Civil Veterinary Department. Madras. Admin. report 1926-33 - 1926-1933
Year: 1926
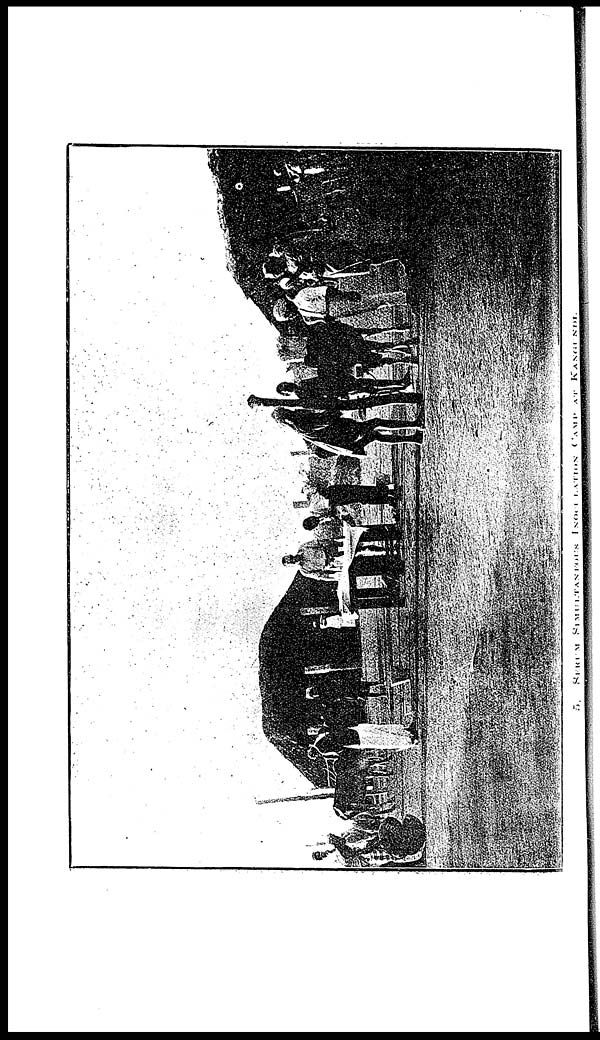
5.
SERUM
SIMULTANEOUS
INOCULATION
CAMP
AT KANGUNDI.